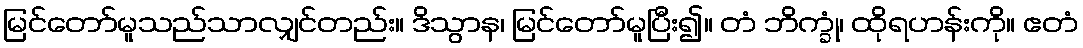
မြင်တော်မူသည်သာလျှင်တည်း။ ဒိသွာန၊ မြင်တော်မူပြီး၍။ တံ ဘိက္ခုံ၊ ထိုရဟန်းကို။ ဧတံ